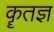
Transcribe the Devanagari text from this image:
कॄतज्ञ